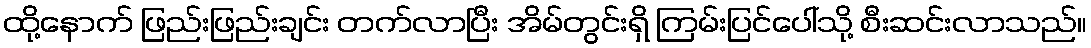
ထို့နောက် ဖြည်းဖြည်းချင်း တက်လာပြီး အိမ်တွင်းရှိ ကြမ်းပြင်ပေါ်သို့ စီးဆင်းလာသည်။